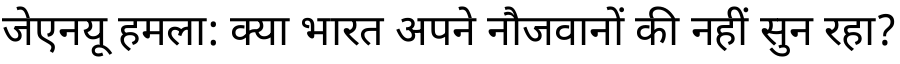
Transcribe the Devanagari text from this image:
जेएनयू हमला: क्या भारत अपने नौजवानों की नहीं सुन रहा?